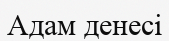
Адам денесі